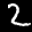
Digit: 2